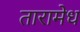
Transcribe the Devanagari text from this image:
तारामेध